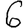
Digit: 6